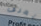
تعرف